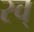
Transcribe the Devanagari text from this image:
स्व्